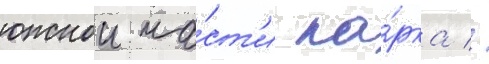
южнои ча́ст'и па́рка //